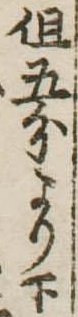
但五分より下